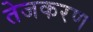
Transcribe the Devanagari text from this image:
तेजकरण